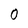
Character: 0